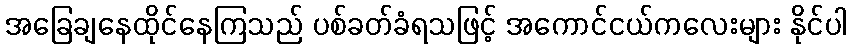
အခြေချနေထိုင်နေကြသည် ပစ်ခတ်ခံရသဖြင့် အကောင်ငယ်ကလေးများ နိုင်ပါ